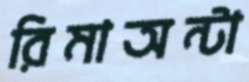
রিমাঅন্টা